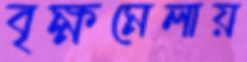
বৃক্ষমেলায়